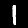
Digit: 1